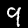
Digit: 9